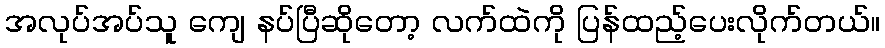
အလုပ်အပ်သူ ကျေ နပ်ပြီဆိုတော့ လက်ထဲကို ပြန်ထည့်ပေးလိုက်တယ်။